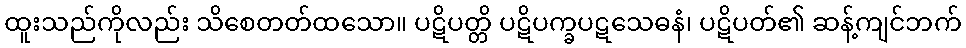
ထူးသည်ကိုလည်း သိစေတတ်ထသော။ ပဋိပတ္တိ ပဋိပက္ခပဋသေဓနံ၊ ပဋိပတ်၏ ဆန့်ကျင်ဘက်